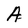
Character: A